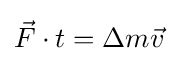
{\vec {F}}\cdot t=\Delta m{\vec {v}}